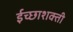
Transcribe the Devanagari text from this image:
ईच्छाशक्ती